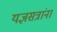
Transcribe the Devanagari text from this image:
यज्ञसत्रांना